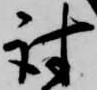
討